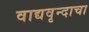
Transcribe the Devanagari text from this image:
वाद्यवृन्दाचा